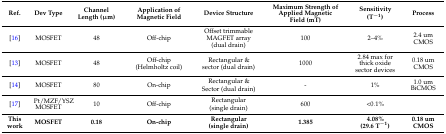
<table><thead><tr><td><b>Ref.</b></td><td><b>Dev Type</b></td><td><b>Channel Length (μm)</b></td><td><b>Application of Magnetic Field</b></td><td><b>Device Structure</b></td><td><b>Maximum Strength of Applied Magnetic Field (mT)</b></td><td><b>Sensitivity (T<sup>−1</sup>)</b></td><td><b>Process</b></td></tr></thead><tbody><tr><td>[16]</td><td>MOSFET</td><td>48</td><td>Off-chip</td><td>Offset trimmable MAGFET array (dual drain)</td><td>100</td><td>2–4%</td><td>2.4 um CMOS</td></tr><tr><td>[13]</td><td>MOSFET</td><td>48</td><td>Off-chip (Helmholtz coil)</td><td>Rectangular &amp; sector (dual drain)</td><td>1000</td><td>2.84 max for thick oxide sector devices</td><td>0.18 um CMOS</td></tr><tr><td>[14]</td><td>MOSFET</td><td>80</td><td>On-chip</td><td>Rectangular &amp; Sector (dual drain)</td><td>-</td><td>1%</td><td>1.0 um BiCMOS</td></tr><tr><td>[17]</td><td>Pt/MZF/YSZ MOSFET</td><td>10</td><td>Off-chip</td><td>Rectangular (single drain)</td><td>600</td><td>&lt;0.1%</td><td></td></tr><tr><td><b>This work</b></td><td><b>MOSFET</b></td><td><b>0.18</b></td><td><b>On-chip</b></td><td><b>Rectangular (single drain)</b></td><td><b>1.385</b></td><td><b>4.08% (29.6 T<sup>−1</sup>)</b></td><td><b>0.18 um CMOS</b></td></tr></tbody></table>